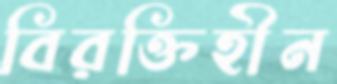
বিরক্তিহীন